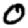
Digit: 0